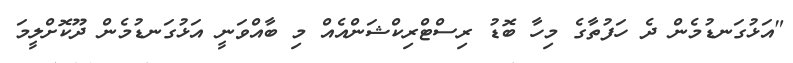
"އަޅުގަނޑުމެން ދެ ހަފުތާގެ މިހާ ބޮޑު ރިސްޓްރިކްޝަންއެއް މި ބާއްވަނީ އަޅުގަނޑުމެން ދޫކޮށްލީމަ